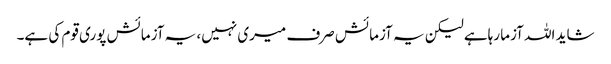
شاید اللہ آزما رہاہے لیکن یہ آزمائش صرف میری نہیں، یہ آزمائش پوری قوم کی ہے۔